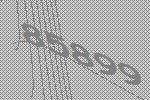
85899